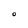
Character: O